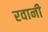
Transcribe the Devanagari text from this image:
रवानी